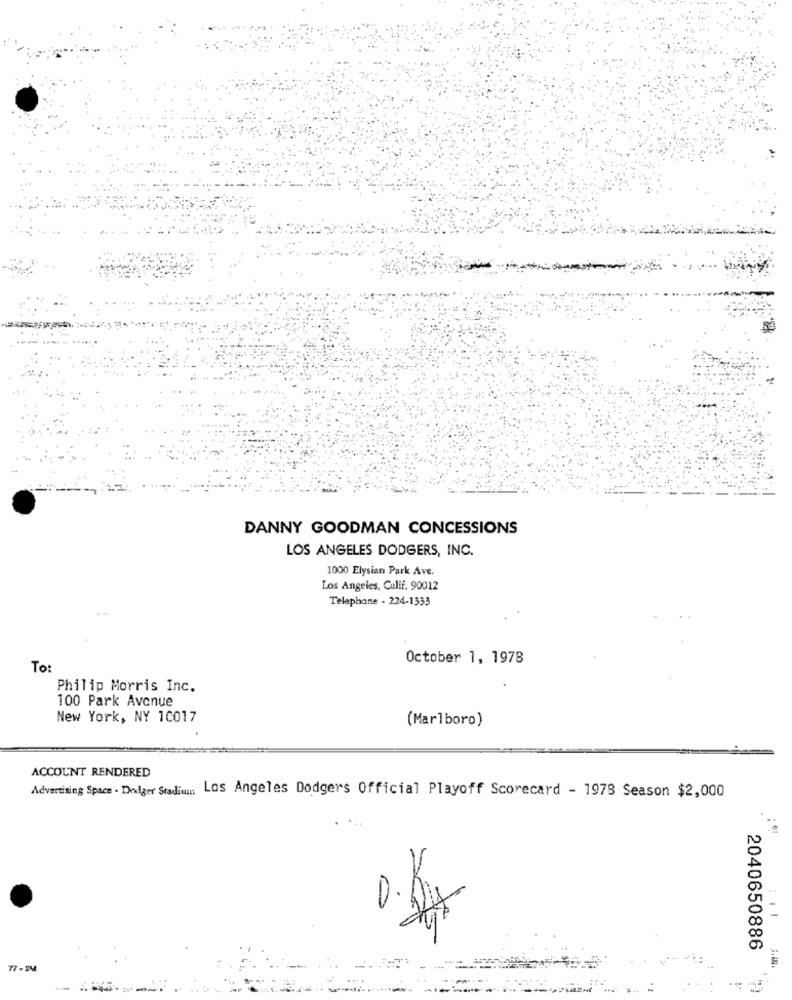
DANNY GOODMAN CONCESSIONS
LOS ANGELES DODGERS, INC.
1000 Elysian Park Ave.
Los Angeles, Culif. 90012
Telephone - 224-1333
October 1, 1978
To
Philip Morris Inc.
100 Park Avenue
New York, NY 10017
(Marlboro)
ACCOUNT RENDERED
Advertising Space . Dodger Stadion Los Angeles Dodgers Official Playoff Scorecard - 1978 Season $2,000
2040650886